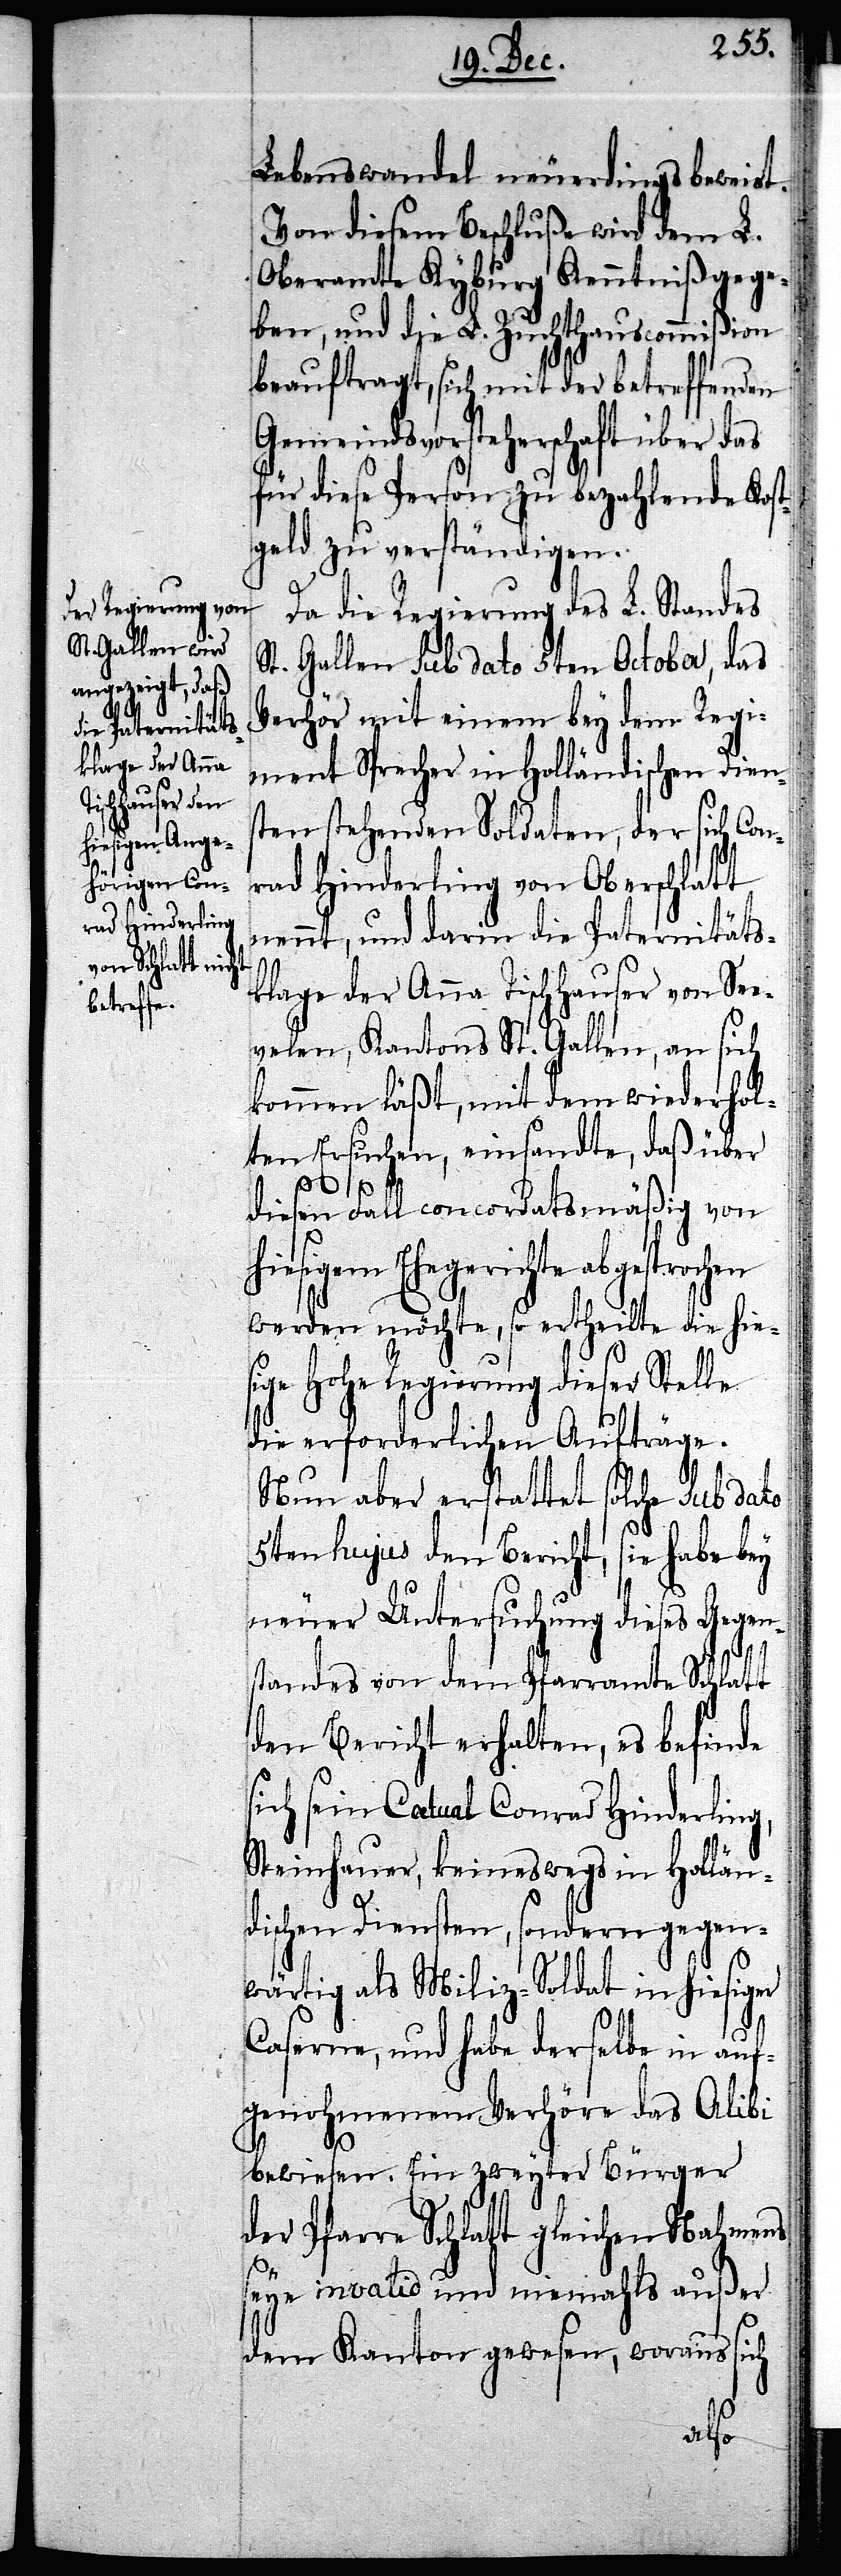
Lebenswandel neuerdings beweist
Von diesem Beschluße wird dem L.
Oberamte Kyburg Kenntniß gege¬
ben, und die L. Zuchthauscommißion
beauftragt, sich mit der betreffenden
Gemeindrathsvorsteherschaft über das
für diese Person zu bezahlende Kost¬
geld zu verständigen.
Da die Regierung des L. Standes
St. Gallen sub dato 5ten October, das
Verhör mit einem bey dem Regi¬
ment Sprecher in Holländischen Diens¬
ten stehenden Soldaten, der sich Co¬
nrad Hinderling von Oberschlatt
nennt, und darin die Paternitäts¬
klage der Anna Tischhauser von See¬
velen, Kantons St. Gallen, an sich
kommen läßt, mit dem wiederhol¬
ten Ersuchen, einsandte, daß über
diesen Fall concordatsmäßig von
hiesigem Ehegerichte
werden möchte, so ertheilte die hies¬
ige Hohe Regierung dieser Stelle
die erforderlichen Aufträge.
Nun aber erstattet solche sub dato
5ten hujus den Bericht, sie habe bey
neuer Untersuchung dieses Gegen¬
standes von dem Pfarramte Schlatt
den Bericht erhalten, es befinde
sich sein Catual Conrad Hinderling,
Steinhauer, keineswegs in Hollän¬
dischen Diensten, sondern gegen¬
wärtig als Miliz-Soldat in hiesiger
Caserne, und habe derselbe in auf¬
genohmenem Verhöre das Alibi
bewiesen. Ein zweyter Bürger
der Pfarre Schlatt gleichen Nahmens
seye invalid und niemahls außer
dem Kanton gewesen, woraus sich